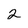
Character: 2